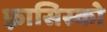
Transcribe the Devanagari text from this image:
फ़्रासिस्को